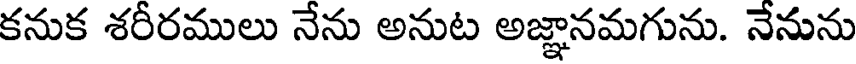
కనుక శరీరములు నేను అనుట అజ్ఞానమగును. నేనును